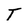
Character: T